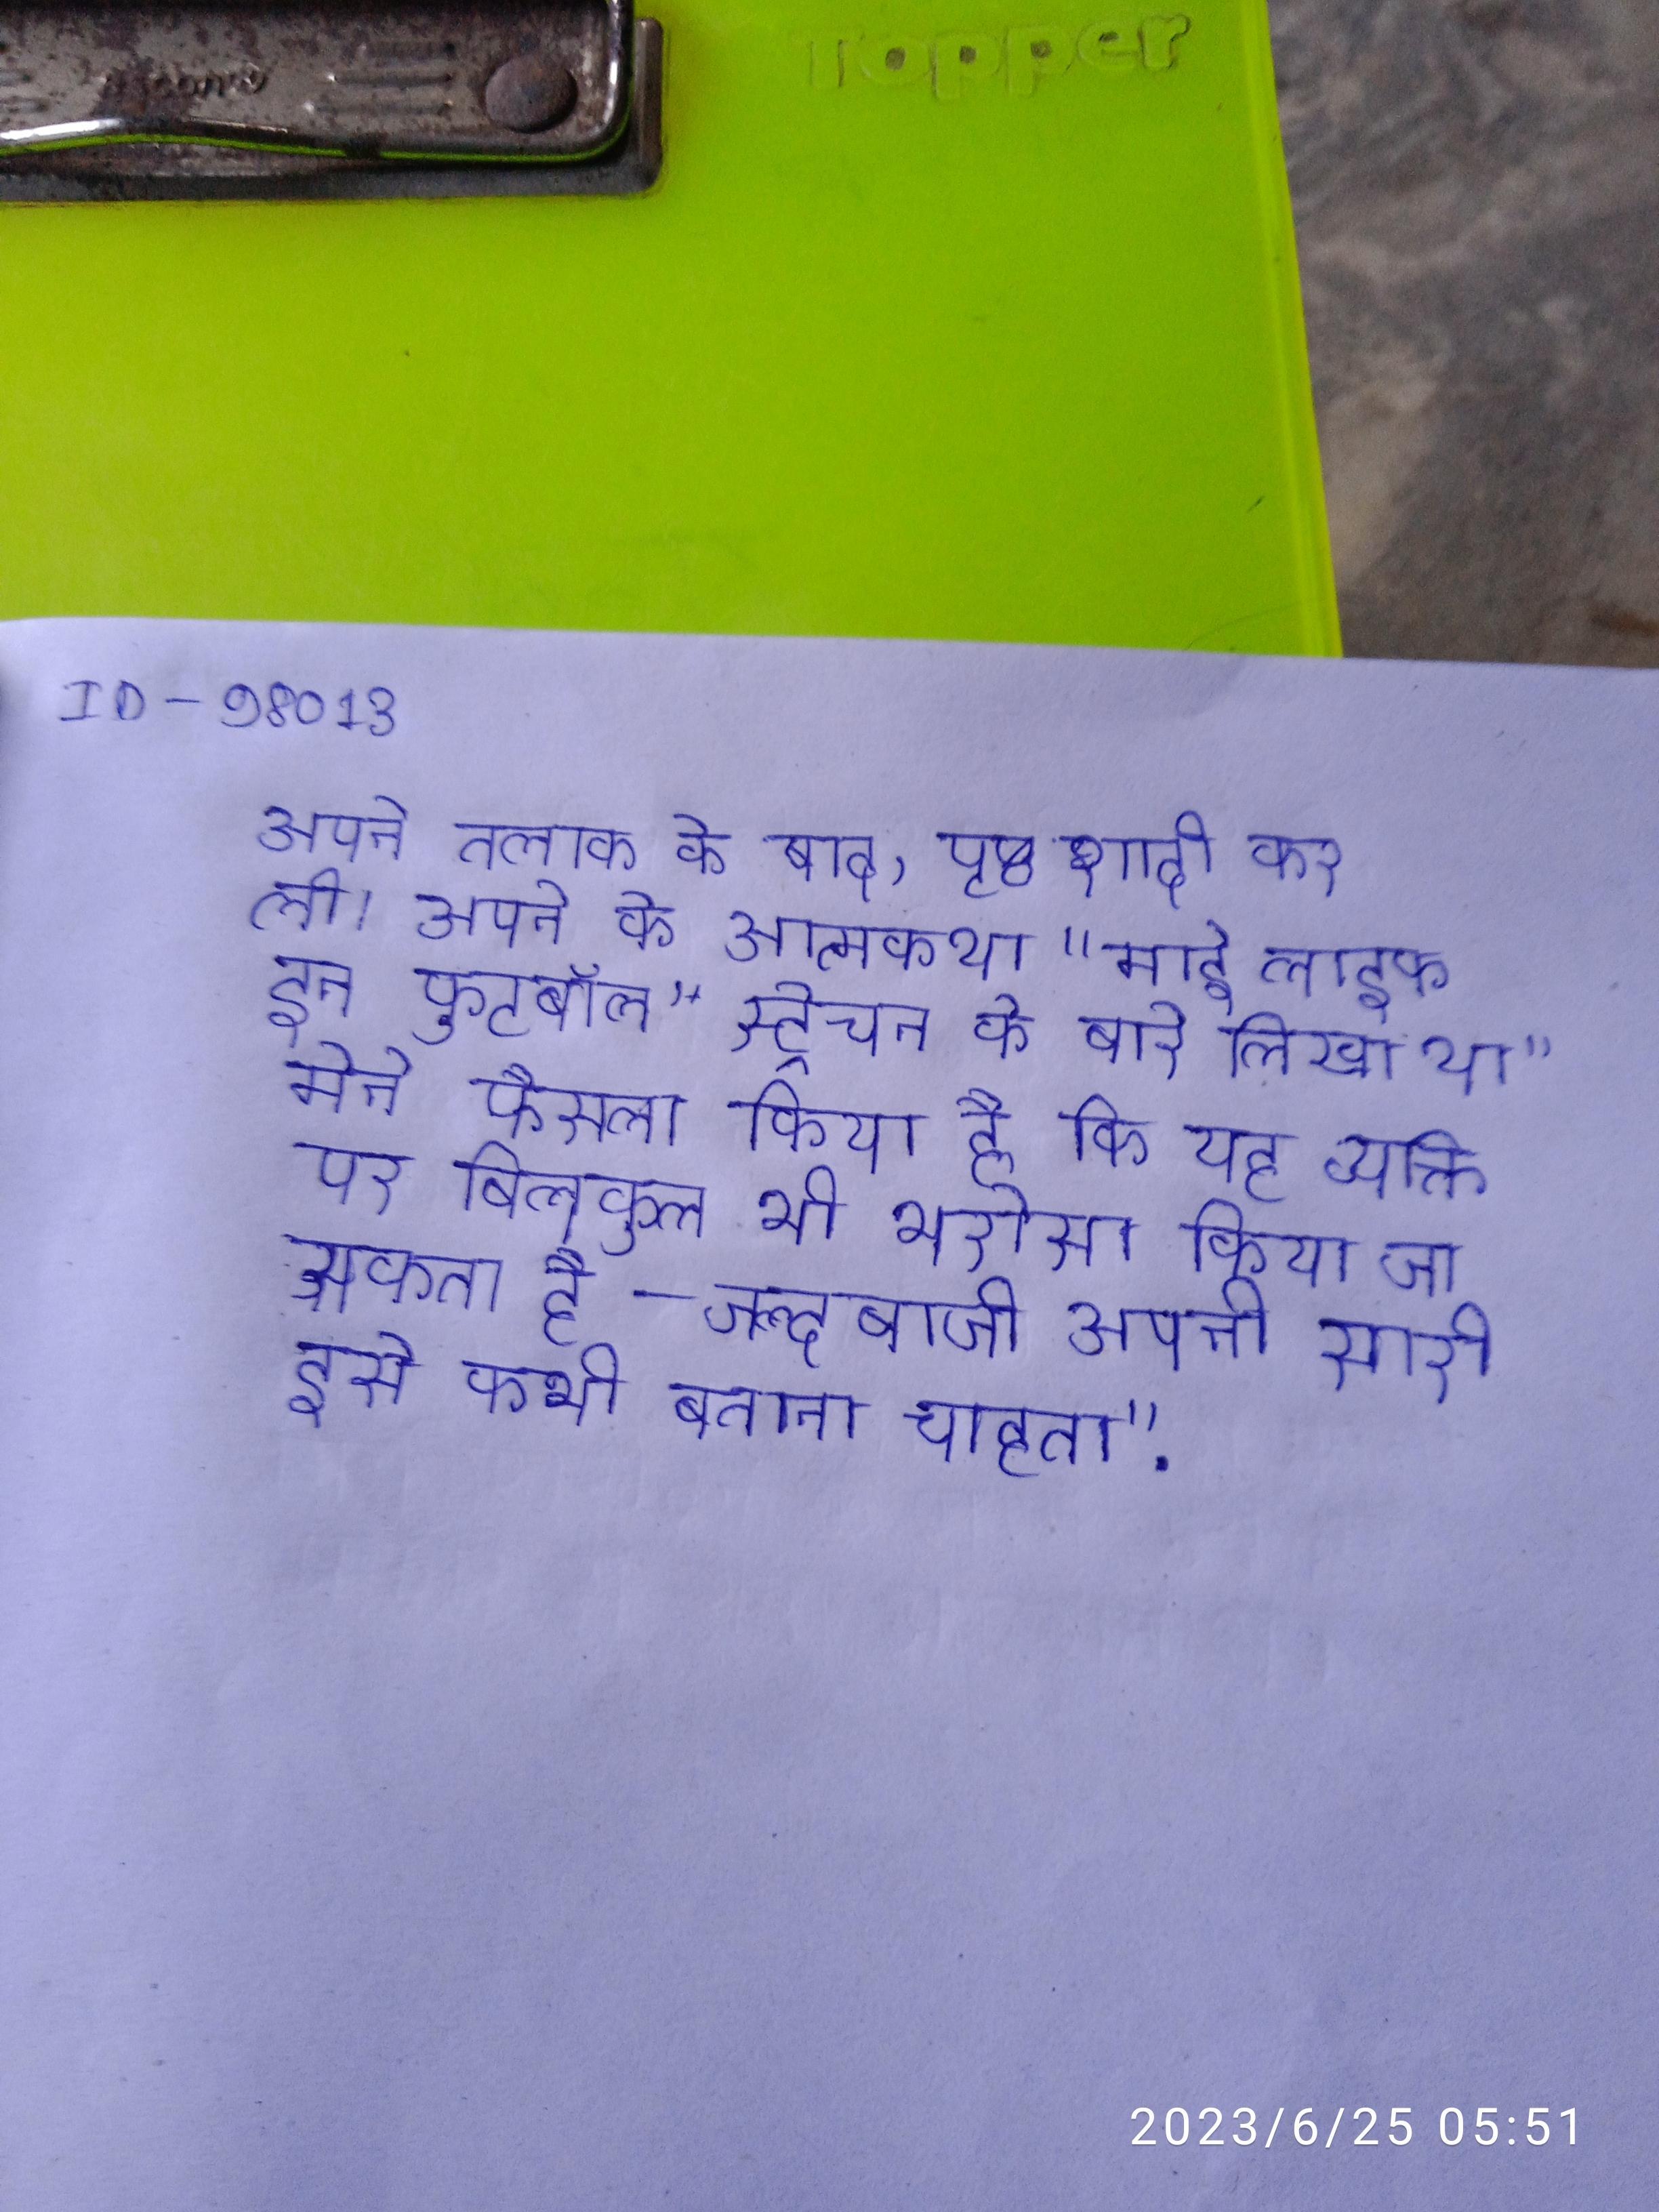
अपने तलाक के बाद, पृष्ठ शादी कर ली । अपने के आत्मकथा "माई लाइफ इन फुटबॉल" स्ट्रेचन के बारे लिखा था "मेने फैसला किया है कि यह व्यक्ति पर बिलकुल भी भरोसा किया जा सकता है - जल्दबाजी अपनी सारी इसे कभी बताना चाहता" .